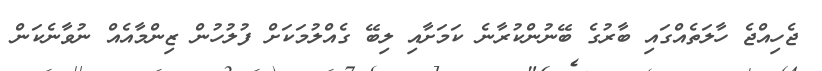
ޖެހިއްޖެ ހާލަތެއްގައި ބާރުގެ ބޭނުންކުރާނެ ކަމަށާއި ލިބޭ ގެއްލުމަކަށް ފުލުހުން ޒިންމާއެއް ނުވާނެކަން